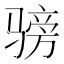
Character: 𬴅